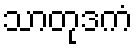
သာတုဒကံ